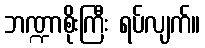
ဘဏ္ဍာစိုးကြီး ရပ်လျက်။